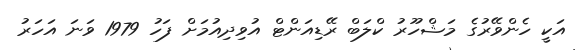
އަކީ ހެންވޭރުގެ މަޝްހޫރު ކްލަބް ރޭޑިއަންޓް އުވިދިއުމަށް ފަހު 1979 ވަނަ އަހަރު